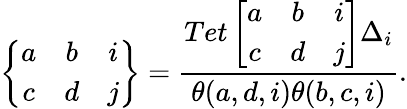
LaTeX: \left\{ \begin{array}{ccc}{{a}}&{{b}}&{{i}}\\ {{c}}&{{d}}&{{j}}\end{array}\right\} =\frac{Tet\left[\begin{array}{ccc}{{a}}&{{b}}&{{i}}\\ {{c}}&{{d}}&{{j}}\end{array}\right]\Delta_{i}}{\theta(a,d,i)\theta(b,c,i)}.